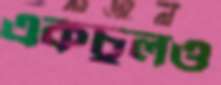
একচুলও